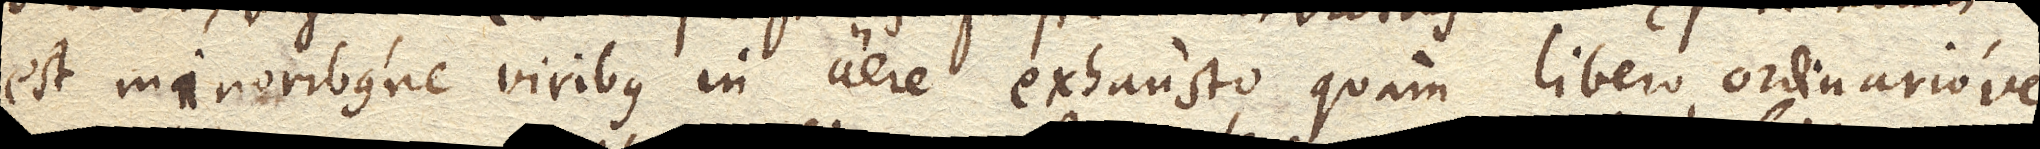
est minoribusne viribus in aere exhausto quam libero ordinariove